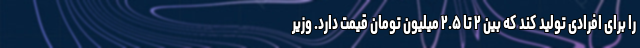
را برای افرادی تولید کند که بین ۲ تا ۲.۵ میلیون تومان قیمت دارد. وزیر